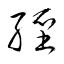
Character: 經